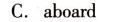
C.aboard